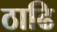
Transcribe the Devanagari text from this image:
ठाढि